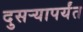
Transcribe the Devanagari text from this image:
दुसऱ्यापर्यंत